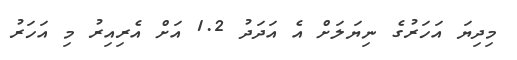
މިދިޔަ އަހަރުގެ ނިޔަލަށް އެ އަދަދު 1.2 އަށް އެރިއިރު މި އަހަރު